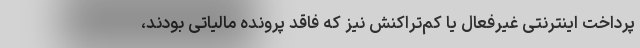
پرداخت اینترنتی غیرفعال یا کم‌تراکنش نیز که فاقد پرونده مالیاتی بودند،